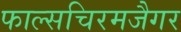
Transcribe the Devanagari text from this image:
फाल्सचिरमजैगर